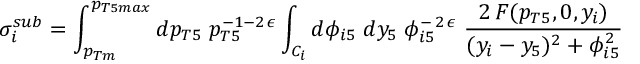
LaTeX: \sigma _ { i } ^ { s u b } = \int _ { p _ { T m } } ^ { p _ { T 5 m a x } } d p _ { T 5 } \; p _ { T 5 } ^ { - 1 - 2 \, \epsilon } \int _ { C _ { i } } d \phi _ { i 5 } \; d y _ { 5 } \; \phi _ { i 5 } ^ { - \, 2 \, \epsilon } \; \frac { 2 \, F ( p _ { T 5 } , 0 , y _ { i } ) } { ( y _ { i } - y _ { 5 } ) ^ { 2 } + \phi _ { i 5 } ^ { 2 } }